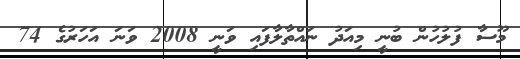
މޫސާ ފުލުހުން ބުނީ މިއަދު ނައްތާލާފައި ވަނީ 2008 ވަނަ އަހަރުގެ 74